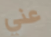
عني